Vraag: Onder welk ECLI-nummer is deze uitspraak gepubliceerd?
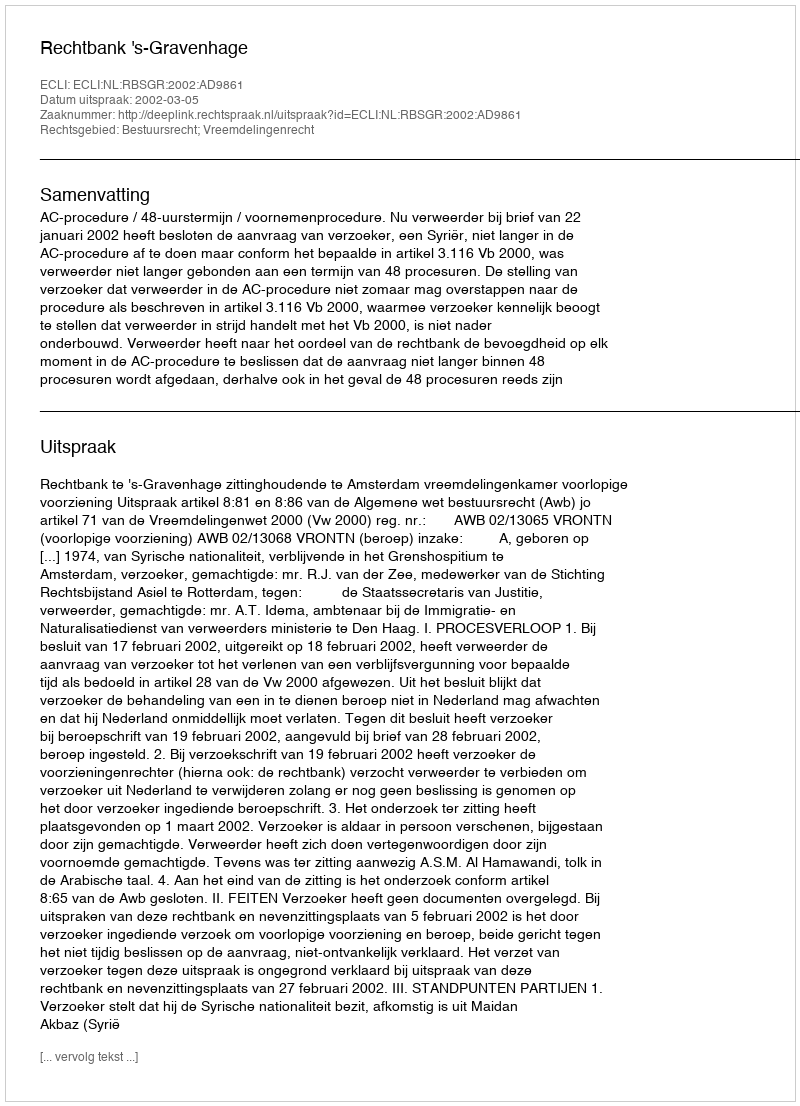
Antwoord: ECLI:NL:RBSGR:2002:AD9861